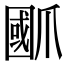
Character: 爴